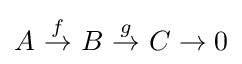
A\ {\stackrel {f}{\to }}\ B\ {\stackrel {g}{\to }}\ C\to 0